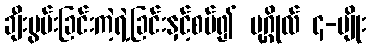
ချီးမွမ်းခြင်းကဲ့ရဲ့ခြင်းနှင့်စပ်၍ ပုဂ္ဂိုလ် ၄-မျိုး